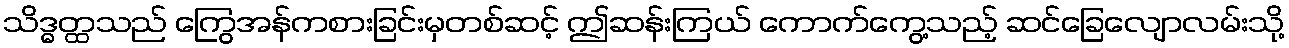
သိဒ္ဓတ္ထသည် ကြွေအန်ကစားခြင်းမှတစ်ဆင့် ဤဆန်းကြယ် ကောက်ကွေ့သည့် ဆင်ခြေလျောလမ်းသို့